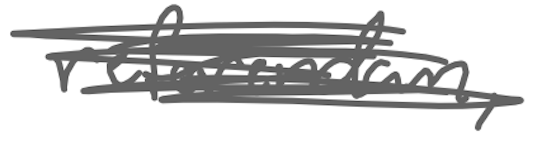
Text: referendum,
Cross-out: scratch
Writing tool: digital_gray